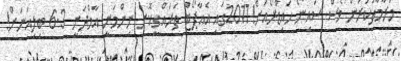
މަރާމާތުކުރުން ވެސް ސައިނޯ ހައިޑްރޯއަށް!2017ގައި އެއާޕޯޓް ތަރައްގީކޮށް ނިންމަނީ އާމްދަނީ 6.3 ބިލިއަނަށް!